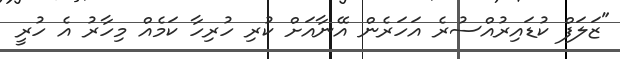
"ޒަލަފް ކުޑައިރުއްސުރެ އަހަރެން އޭނާއަށް ކުރި ހުރިހާ ކަމެއް މިހާރު އެ ހުރީ